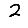
Digit: 2